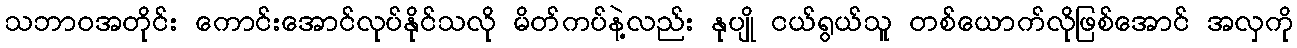
သဘာဝအတိုင်း ကောင်းအောင်လုပ်နိုင်သလို မိတ်ကပ်နဲ့လည်း နုပျို ငယ်ရွယ်သူ တစ်ယောက်လိုဖြစ်အောင် အလှကို